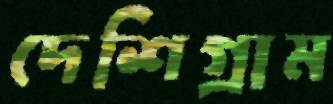
দেশিগ্রাম